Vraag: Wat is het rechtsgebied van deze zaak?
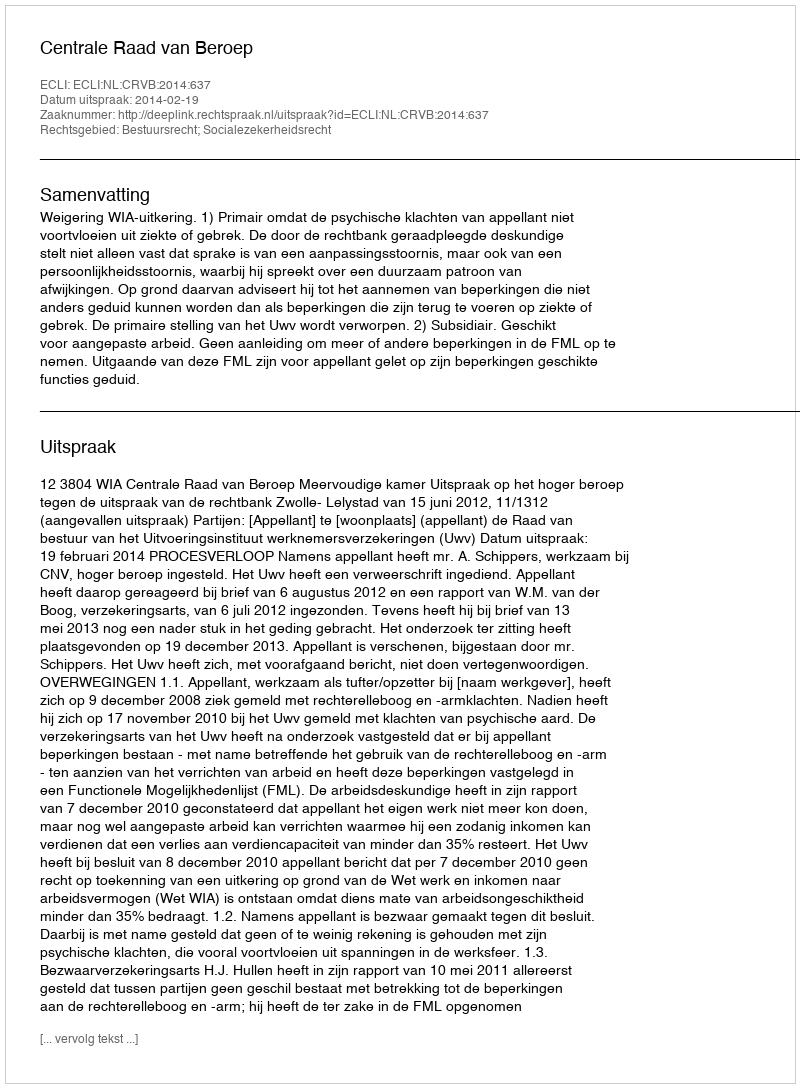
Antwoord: Bestuursrecht; Socialezekerheidsrecht